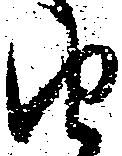
由